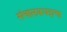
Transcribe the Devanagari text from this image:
संचालकपदाचा